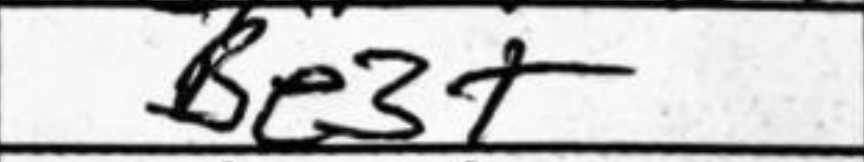
Transcription: Be3+